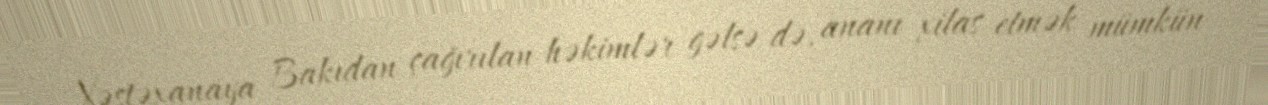
Xəstəxanaya Bakıdan çağırılan həkimlər gəlsə də, ananı xilas etmək mümkün